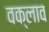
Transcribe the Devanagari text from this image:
वक्लाव